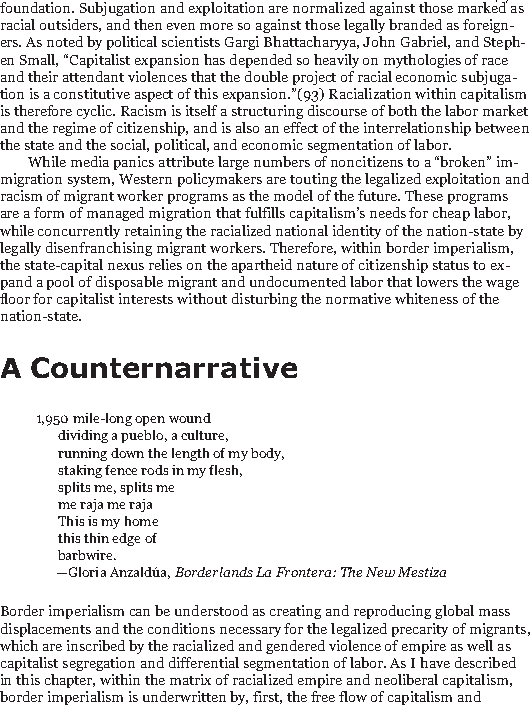
48/186
 foundation. Subjugation and exploitation are normalized against those marked as
 racial outsiders, and then even more so against those legally branded as foreign-
 ers. As noted by political scientists Gargi Bhattacharyya, John Gabriel, and Steph-
 en Small, “Capitalist expansion has depended so heavily on mythologies of race
 and their attendant violences that the double project of racial economic subjuga-
 tion is a constitutive aspect of this expansion.”(93)Racialization within capitalism
 is therefore cyclic. Racism is itself a structuring discourse of both the labor market
 and the regime of citizenship, and is also an effect of the interrelationship between
 the state and the social, political, and economic segmentation of labor.
 While media panics attribute large numbers of noncitizens to a “broken” im-
 migration system, Western policymakers are touting the legalized exploitation and
 racism of migrant worker programs as the model of the future. These programs
 are a form of managed migration that fulfills capitalism’s needs for cheap labor,
 while concurrently retaining the racialized national identity of the nation-state by
 legally disenfranchising migrant workers. Therefore, within border imperialism,
 the state-capital nexus relies on the apartheid nature of citizenship status to ex-
 pand a pool of disposable migrant and undocumented labor that lowers the wage
 floor for capitalist interests without disturbing the normative whiteness of the
 nation-state.
 A Counternarrative
 1,950 mile-long open wound
 dividing a pueblo, a culture,
 running down the length of my body,
 staking fence rods in my flesh,
 splits me, splits me
 me raja me raja
 This is my home
 this thin edge of
 barbwire.
 —Gloria Anzaldúa,BorderlandsLa Frontera: The New Mestiza
 Border imperialism can be understood as creating and reproducing global mass
 displacements and the conditions necessary for the legalized precarity of migrants,
 which are inscribed by the racialized and gendered violence of empire as well as
 capitalist segregation and differential segmentation of labor. As I have described
 in this chapter, within the matrix of racialized empire and neoliberal capitalism,
 border imperialism is underwritten by, first, the free flow of capitalism and